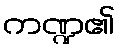
ကဏ္ဍ၏